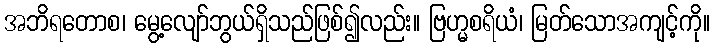
အဘိရတောစ၊ မွေ့လျော်ဘွယ်ရှိသည်ဖြစ်၍လည်း။ ဗြဟ္မစရိယံ၊ မြတ်သောအကျင့်ကို။